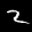
Digit: 2